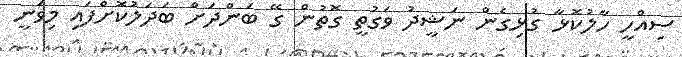
ސިއްހީ ހާލުކޮޅާ ގުޅިގެން ނަޝީދު ވަގުތީ ގޮތުން ގޭ ބަންދަށް ބަދަލުކޮށްފައި މިވަނީ